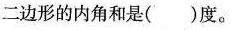
二边形的内角和是()度。